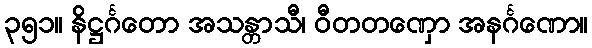
၃၅၁။ နိဋ္ဌင်္ဂတော အသန္တာသီ၊ ဝီတတဏှော အနင်္ဂဏော။